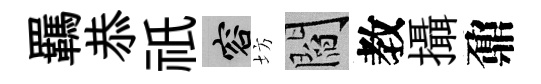
羈恭祇容坊閻教攝鼐